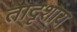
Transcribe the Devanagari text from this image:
तादृशाय